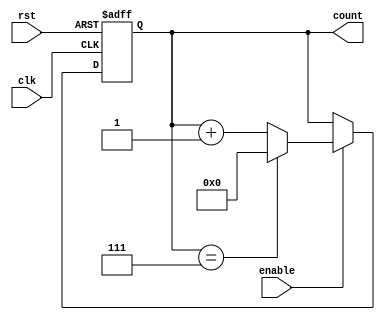
module ModuloN_Counter (
    input clk,
    input rst,
    input enable,
    output reg [N-1:0] count
);

parameter N = 8; // specify the modulo-N value

always @(posedge clk or posedge rst) begin
    if (rst) begin
        count <= 0;
    end else if (enable) begin
        if (count == N-1) begin
            count <= 0;
        end else begin
            count <= count + 1;
        end
    end
end

endmodule